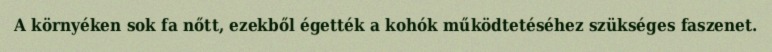
A környéken sok fa nőtt, ezekből égették a kohók működtetéséhez szükséges faszenet.